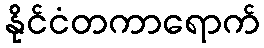
နိုင်ငံတကာရောက်